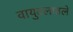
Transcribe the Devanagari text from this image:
वायुदलातले